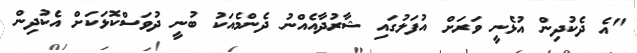
"އެ ދެކުދިން އުޅެނީ ވަރަށް އުފަލުގައި ޝާރުދާއެއްނު ދެންމެއަކު ބުނީ ދުވަސްކޮޅަކަށް އެކުދިން